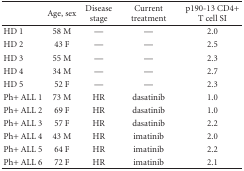
|  | Age, sex | Disease stage | Current treatment | p190-13 CD4+ T cell SI |
 | --- | --- | --- | --- | --- |
 | HD 1 | 58 M | — | — | 2.0 |
 | HD 2 | 43 F | — | — | 2.5 |
 | HD 3 | 55 M | — | — | 2.3 |
 | HD 4 | 34 M | — | — | 2.7 |
 | HD 5 | 52 F | — | — | 2.3 |
 | Ph+ ALL 1 | 73 M | HR | dasatinib | 1.0 |
 | Ph+ ALL 2 | 69 F | HR | dasatinib | 1.0 |
 | Ph+ ALL 3 | 57 F | HR | dasatinib | 2.2 |
 | Ph+ ALL 4 | 43 M | HR | imatinib | 2.0 |
 | Ph+ ALL 5 | 64 F | HR | imatinib | 2.2 |
 | Ph+ ALL 6 | 72 F | HR | imatinib | 2.1 |